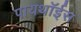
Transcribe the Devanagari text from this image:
पायथॉईस